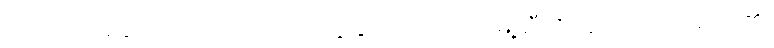
ဂွဒ်လည်းအဆင်သင့်ရောက်လာ၍ ကျွန်ုပ်တို့ အားလုံး မြို့ဆီသို့ ထွက်လာခဲ့ကြလေ၏။